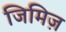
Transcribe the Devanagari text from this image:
जिमिज़